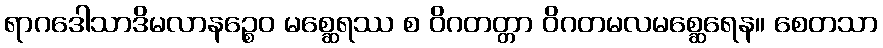
ရာဂဒေါသာဒိမလာနဉ္စေဝ မစ္ဆေရဿ စ ဝိဂတတ္တာ ဝိဂတမလမစ္ဆေရေန။ စေတသာ